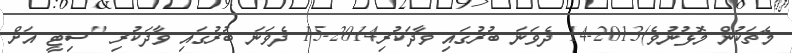
މެޗަކުން މޮޅުނުވެ)2013-14 ދެވަނަ ބުރުގައި ވާދަކުރި2014-15 ދެވަނަ ބުރުގައި ވާދަކުރި "ސިޓީ އަށް